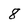
Character: 8